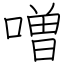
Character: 噌